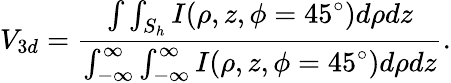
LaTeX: V_{3d}=\frac{\int\int_{S_{h}}I(\rho,z,\phi=45^{\circ})d\rho dz}{\int_{-\infty}^{\infty}\int_{-\infty}^{\infty}I(\rho,z,\phi=45^{\circ})d\rho dz}.